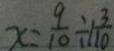
x = \frac { 9 } { 1 0 } \div 1 \frac { 3 } { 1 0 }